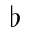
\flat